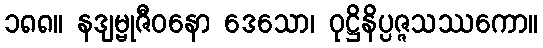
၁၈၈။ နဒျမ္ဗုဇီဝနော ဒေသော၊ ဝုဋ္ဌိနိပ္ပဇ္ဇသဿကော။